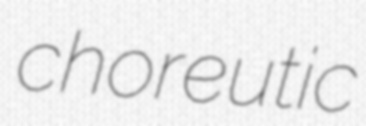
choreutic